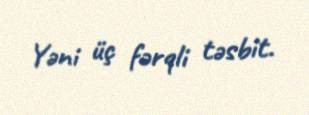
Yəni üç fərqli təsbit.